Source: Handwritten
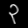
Digit: ၃ (3)